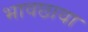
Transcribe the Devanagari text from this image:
भावछाया